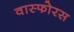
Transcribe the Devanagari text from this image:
वास्फोरस